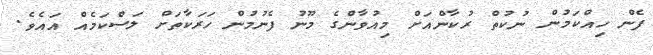
ފެން ހިއްކަމުން ނުކުތް ރުކާންއަށް މިއުވާންގެ މޫނު ފެނުމުން ހަރަކާތަށް ލަސްކަމެއް އައެވެ.